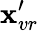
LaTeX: \textbf{x}_{vr}^{\prime}